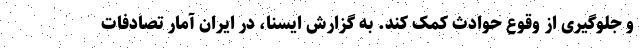
و جلوگیری از وقوع حوادث کمک کند. به گزارش ایسنا، در ایران آمار تصادفات